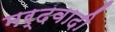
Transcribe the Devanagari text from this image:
मर्दवादी